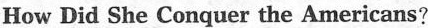
How Did She Conquer the Americans?